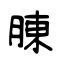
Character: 腖